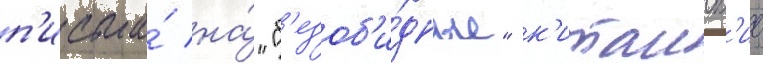
п'исьма́ на́ "б'езоб'и́дные" к'итаиск'ие